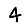
Digit: 4